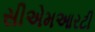
સીએમઆરટી